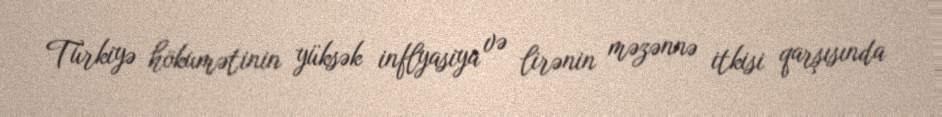
Türkiyə hökumətinin yüksək inflyasiya və lirənin məzənnə itkisi qarşısında